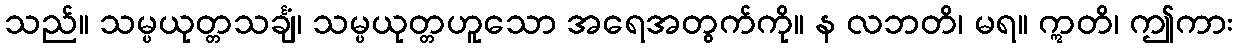
သည်။ သမ္ပယုတ္တသင်္ချံ၊ သမ္ပယုတ္တဟူသော အရေအတွက်ကို။ န လဘတိ၊ မရ။ ဣတိ၊ ဤကား